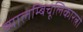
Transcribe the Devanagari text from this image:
व्यालम्बिचूलिकारत्नो